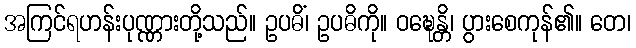
အကြင်ရဟန်းပုဏ္ဏားတို့သည်။ ဥပဓိံ၊ ဥပဓိကို။ ဝဍ္ဎေန္တိ၊ ပွားစေကုန်၏။ တေ၊